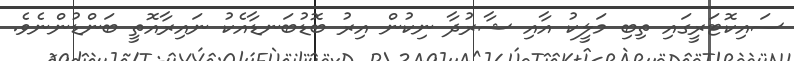
ސައިކޮޓަރީގައި ތިބި މަލީކު އާއި ޝާރުދާ ނިކުން އިރު ބޮޑުބަނޑާއެކު ނައިރާއޮތީ ބަންޑުންނެވެ.